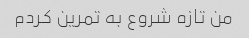
من تازه شروع به تمرین کردم